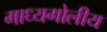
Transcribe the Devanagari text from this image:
माध्यगोलीय